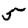
Digit: 5